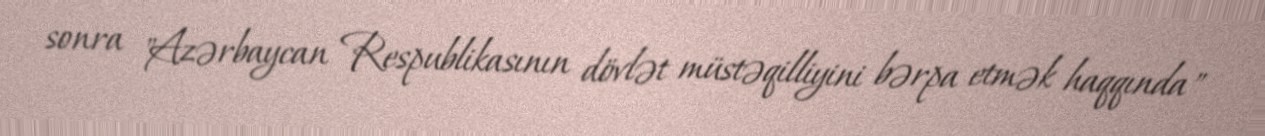
sonra "Azərbaycan Respublikasının dövlət müstəqilliyini bərpa etmək haqqında"